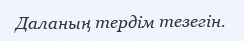
Даланың тердім тезегін.